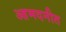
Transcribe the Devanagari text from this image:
आमदनीत